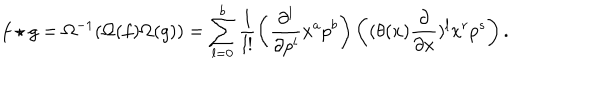
f \star g = \Omega ^ { - 1 } ( \Omega ( f ) \Omega ( g ) ) = \sum _ { l = 0 } ^ { b } \frac { 1 } { l ! } \left( \frac { \partial ^ { l } } { \partial p ^ { l } } x ^ { a } p ^ { b } \right) \left( ( \theta ( x ) \frac { \partial } { \partial x } ) ^ { l } x ^ { r } p ^ { s } \right) .